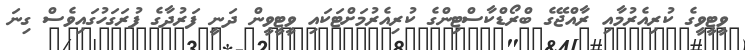
ވީޓީވީގެ ކުރިއެރުމާއި ރާއްޖޭގެ ބްރޯޑްކާސްޓިންގެ ކުރިއެރުމަށްޓަކައި ވީޓީވީން ދަނީ ފަރުދާގެ ފުރަގަހުގައިވެސް ގިނަ